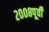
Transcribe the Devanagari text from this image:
२००८पूर्वी